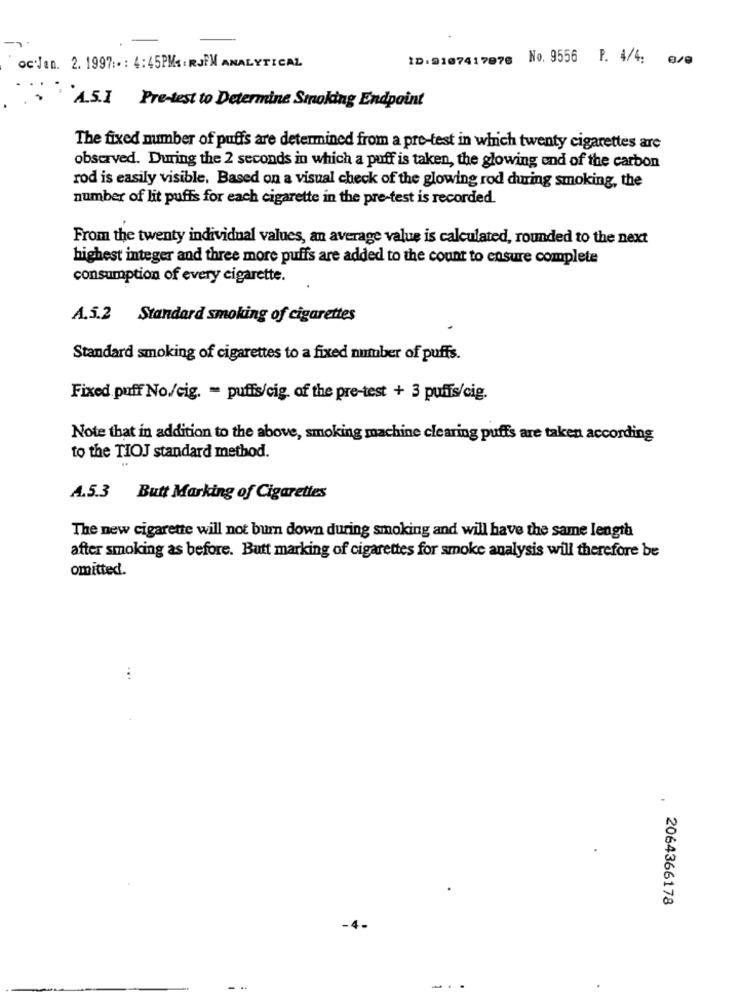
ID:9107417076 No. 9556 P. 4/4: e/e
oc'Jan. 2. 1997 :- : 4:45PMA - RJPM ANALYTICAL
A.5.1 Pre-test to Determine Stroking Endpoint
The fixed number of puffs are determined from a pre-test in which twenty cigarettes are
observed. During the 2 seconds in which a puff is taken, the glowing end of the carbon
rod is easily visible. Based on a visual check of the glowing rod during smoking, the
number of lit puffs for each cigarette in the pre-test is recorded.
From the twenty individual values, an average value is calculated, rounded to the next
highest integer and three more puffs are added to the count to ensure complete
consumption of every cigarette.
A.5.2 Standard smoking of cigarettes
Standard smoking of cigarettes to a fixed number of puffs.
Fixed puff No/cig. = puffis/cig of the pre-test + 3 puffs/cig.
Note that in addition to the above, smoking machine clearing puffs are taken according
to the TIOJ standard method.
A.5.3 Butt Marking of Cigarettes
The new cigarette will not burn down during smoking and will have the same length
after smoking as before. Butt marking of cigarettes for smoke analysis will therefore be
omitted.
.
2064366178
-